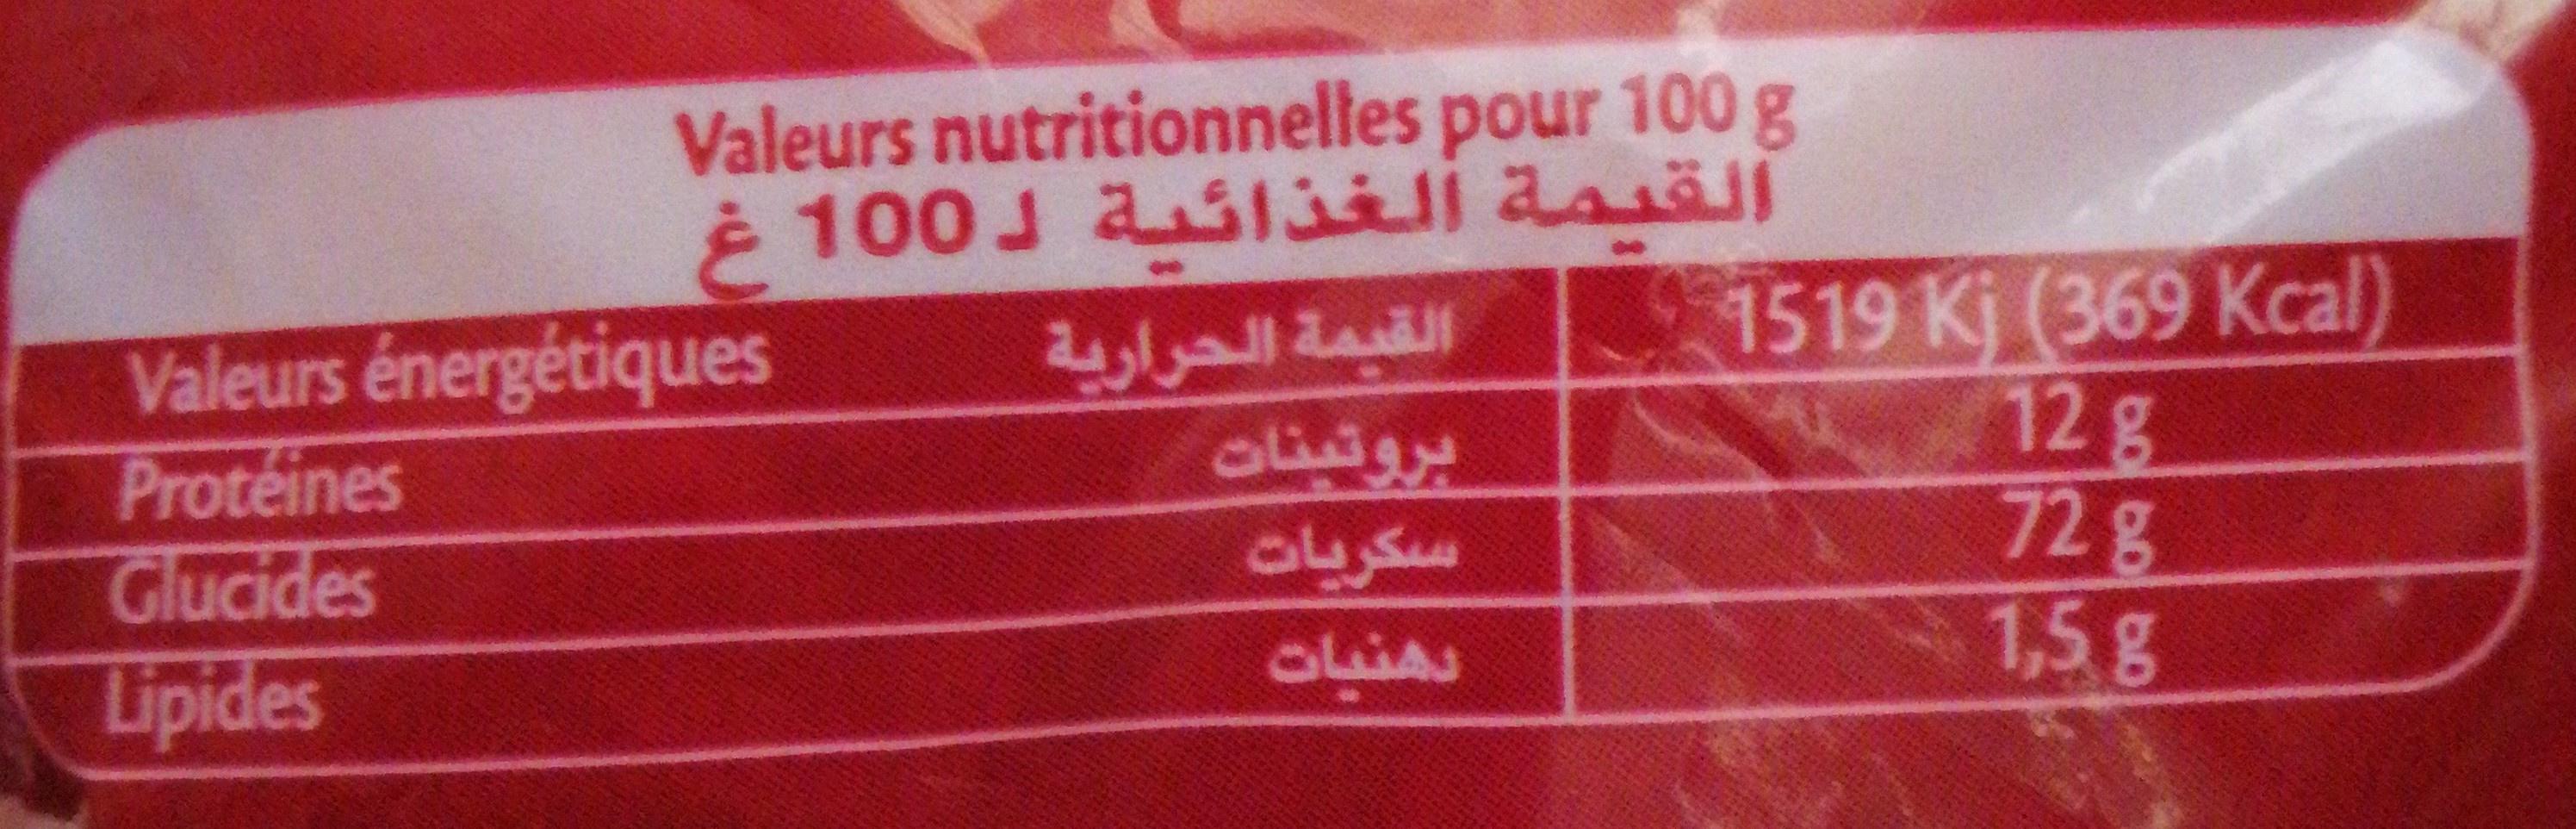
Valeurs nutritionnelles pour 100 g 100J a liillasäll
Valeurs énergétiques Proteines Glucides Lipides
القيمة الحرارية بروتينات سكريات
1519 Kj (369 Kcal) 12g 72g 1,5g
دهنيات